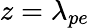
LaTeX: z=\lambda_{pe}